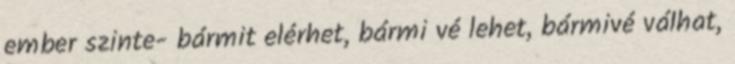
ember szinte- bármit elérhet, bármi vé lehet, bármivé válhat,